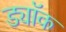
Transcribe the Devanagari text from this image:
ड्यॉक